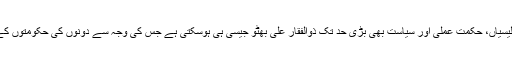
ذوالفقار علی بھٹواور عمران خان کے درمیان بعض شخصی مماثلتوں کی وجہ سے عمران خان کے فیصلے، پالیسیاں، حکمت عملی اور سیاست بھی بڑی حد تک ذوالفقار علی بھٹو جیسی ہی ہوسکتی ہے جس کی وجہ سے دونوں کی حکومتوں کے معاملات، مشکلات اور مسائل بھی ایک جیسے ہی ہوسکتے ہیں اور مزاحمت کا سامنا بھی کرنا پڑسکتا ہے۔